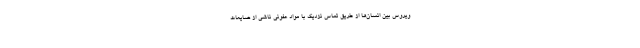
ویروس بین انسان‌ها از طریق تماس نزدیک با مواد عفونی ناشی از ضایعات